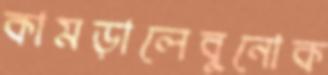
কামড়ালেবুনোক